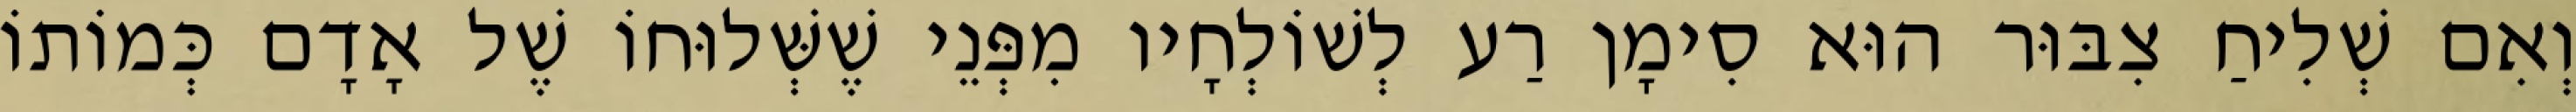
וְאִם שְׁלִיחַ צִבּוּר הוּא סִימָן רַע לְשׁוֹלְחָיו מִפְּנֵי שֶׁשְּׁלוּחוֹ שֶׁל אָדָם כְּמוֹתוֹ